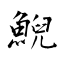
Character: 鯢